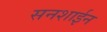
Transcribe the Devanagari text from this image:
सनशाईन